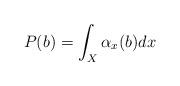
LaTeX: \begin{align*} P(b) = \int_X \alpha_x(b) dx\end{align*}